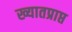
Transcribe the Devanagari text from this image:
ख्यातप्राप्त